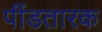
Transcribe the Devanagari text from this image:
पींडतारक